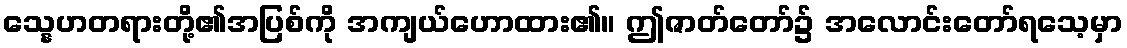
သ္နေဟတရားတို့၏အပြစ်ကို အကျယ်ဟောထား၏။ ဤဇာတ်တော်၌ အလောင်းတော်ရသေ့မှာ